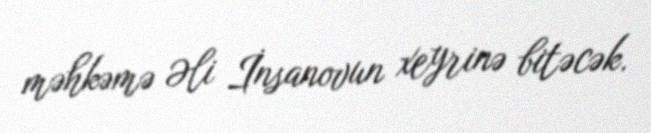
məhkəmə Əli İnsanovun xeyrinə bitəcək.